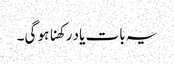
یہ بات یاد رکھنا ہو گی۔